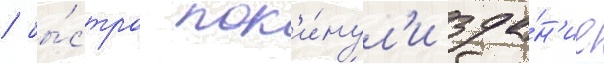
/ бы́стро пок'и́нул'и зда́н'ие